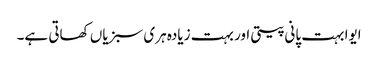
ایوا بہت پانی پیتی اور بہت زیادہ ہری سبزیاں کھاتی ہے۔